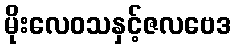
မိုးလေဝသနှင့်ဇလဗေဒ